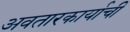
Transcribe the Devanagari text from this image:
अवतारकार्याची